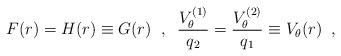
LaTeX: \begin{align*} F(r)=H(r)\equiv G(r) \;\;,\;\; \frac{V^{(1)}_{\theta}}{q_{2}}= \frac{V^{(2)}_{\theta}}{q_{1}}\equiv V_{\theta}(r) \;\;,\end{align*}